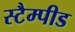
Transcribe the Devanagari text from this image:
स्टैम्पीड